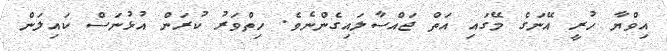
އިވްޔާ ހުރީ އޭނަގެ މޭގައި އަތް ޖައްސާލައިގެންނެވެ. ހިތްވަރު ކުރަން އުޅުނަސް ކައިލަން